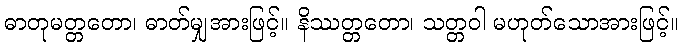
ဓာတုမတ္တတော၊ ဓာတ်မျှအားဖြင့်။ နိဿတ္တတော၊ သတ္တဝါ မဟုတ်သောအားဖြင့်။